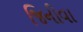
જિનીવા